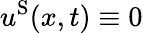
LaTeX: u^{\mathrm{S}}(x,t)\equiv 0